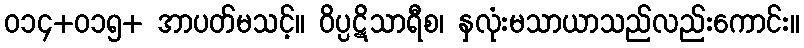
ဝ၁၄+၀၁၅+ အာပတ်မသင့်။ ဝိပ္ပဋိသာရီစ၊ နှလုံးမသာယာသည်လည်းကောင်း။